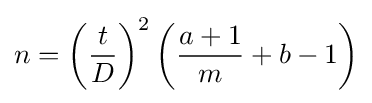
n=\left({\frac {t}{D}}\right)^{2}\left({\frac {a+1}{m}}+b-1\right)